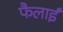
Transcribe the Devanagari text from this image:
फैलाईं